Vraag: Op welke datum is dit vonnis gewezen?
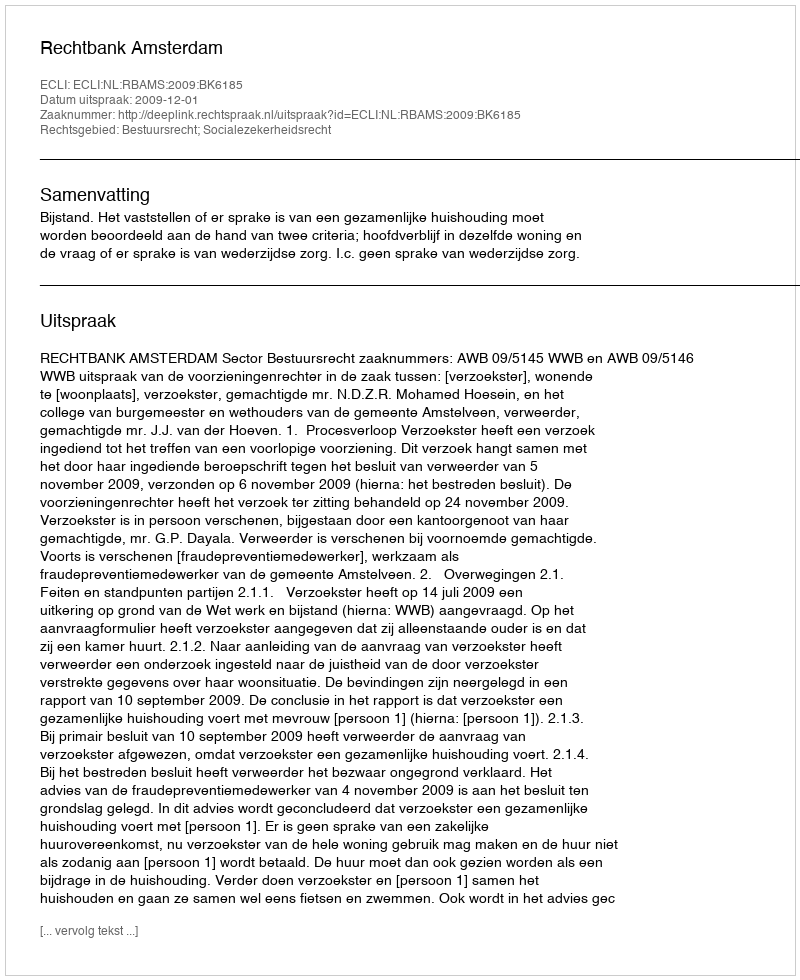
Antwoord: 2009-12-01